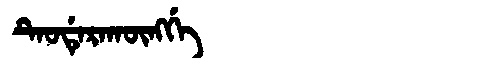
Manchu: ᡨᡝᠣᡩᡝᡵᠠᡴᡡᠩᡤᡝ
Romanization: TEODERAKŪNGGE